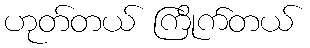
ဟုတ်တယ် ကြိုက်တယ်